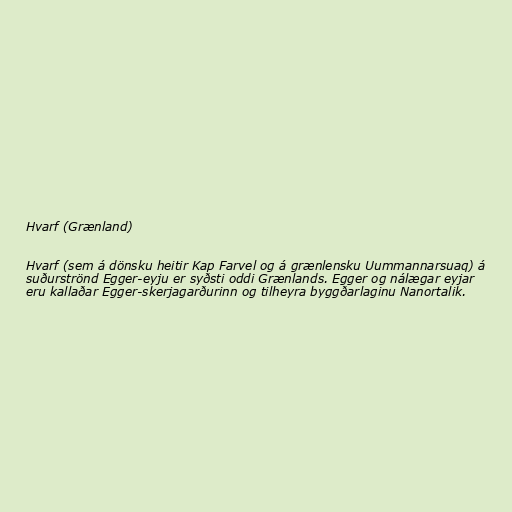
Hvarf (Grænland)

Hvarf (sem á dönsku heitir Kap Farvel og á grænlensku Uummannarsuaq) á
suðurströnd Egger-eyju er syðsti oddi Grænlands. Egger og nálægar eyjar
eru kallaðar Egger-skerjagarðurinn og tilheyra byggðarlaginu Nanortalik.